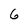
Character: 6